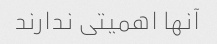
آنها اهمیتی ندارند